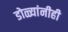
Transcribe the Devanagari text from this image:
डोळ्यांनीही